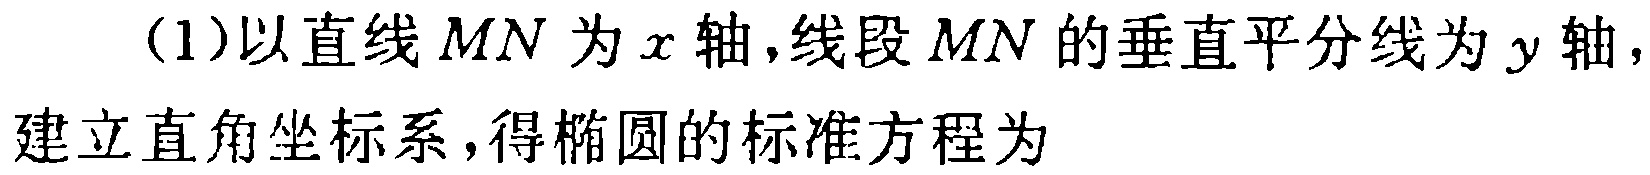
(1)以直线 \(MN\) 为 \(x\) 轴,线段 \(MN\) 的垂直平分线为 \(y\) 轴，建立直角坐标系，得椭圆的标准方程为